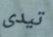
تيدى